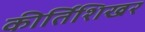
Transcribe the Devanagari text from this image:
कीर्तिशिखर